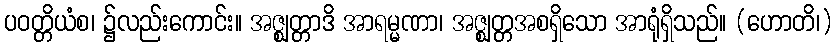
ပဝတ္တိယံစ၊ ၌လည်းကောင်း။ အဇ္ဈတ္တာဒိ အာရမ္မဏာ၊ အဇ္ဈတ္တအစရှိသော အာရုံရှိသည်။ (ဟောတိ၊)